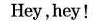
Hey,hey!